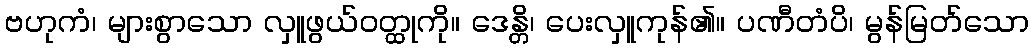
ဗဟုကံ၊ များစွာသော လှူဖွယ်ဝတ္ထုကို။ ဒေန္တိ၊ ပေးလှူကုန်၏။ ပဏီတံပိ၊ မွန်မြတ်သော